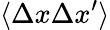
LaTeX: \langle\Delta x\Delta x^{\prime}\rangle